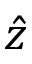
\hat { z }